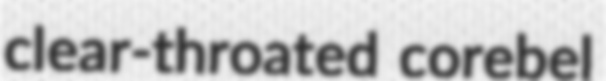
clear-throated corebel